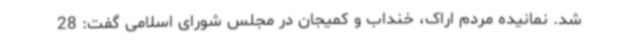
شد. نمانیده مردم اراک، خنداب و کمیجان در مجلس شورای اسلامی گفت: 28